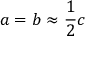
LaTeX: a = b \approx { \frac { 1 } { 2 } } c